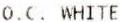
O.C. WHITE